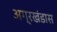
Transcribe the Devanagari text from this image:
अग्रखंडास